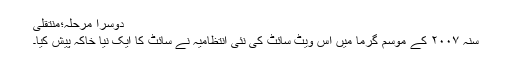
دوسرا مرحلہ؛منتقلی
سنہ ۲۰۰۷ کے موسم گرما میں اس ویٹ سائٹ کی نئی انتظامیہ نے سائٹ کا ایک نیا خاکہ پیش کیا۔